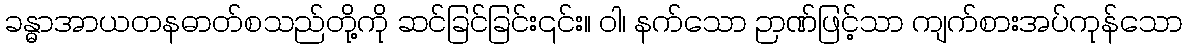
ခန္ဓာအာယတနဓာတ်စသည်တို့ကို ဆင်ခြင်ခြင်း၎င်း။ ဝါ၊ နက်သော ဉာဏ်ဖြင့်သာ ကျက်စားအပ်ကုန်သော